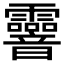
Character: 𩇄